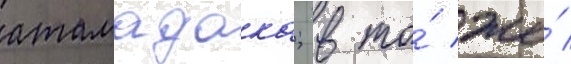
атамадака; в то́ же́